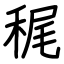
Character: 䅏